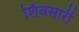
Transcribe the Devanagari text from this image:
शिवसारी